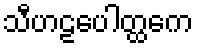
သီဟဠပေါတ္ထကေ